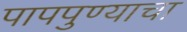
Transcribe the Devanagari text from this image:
पापपुण्याचा